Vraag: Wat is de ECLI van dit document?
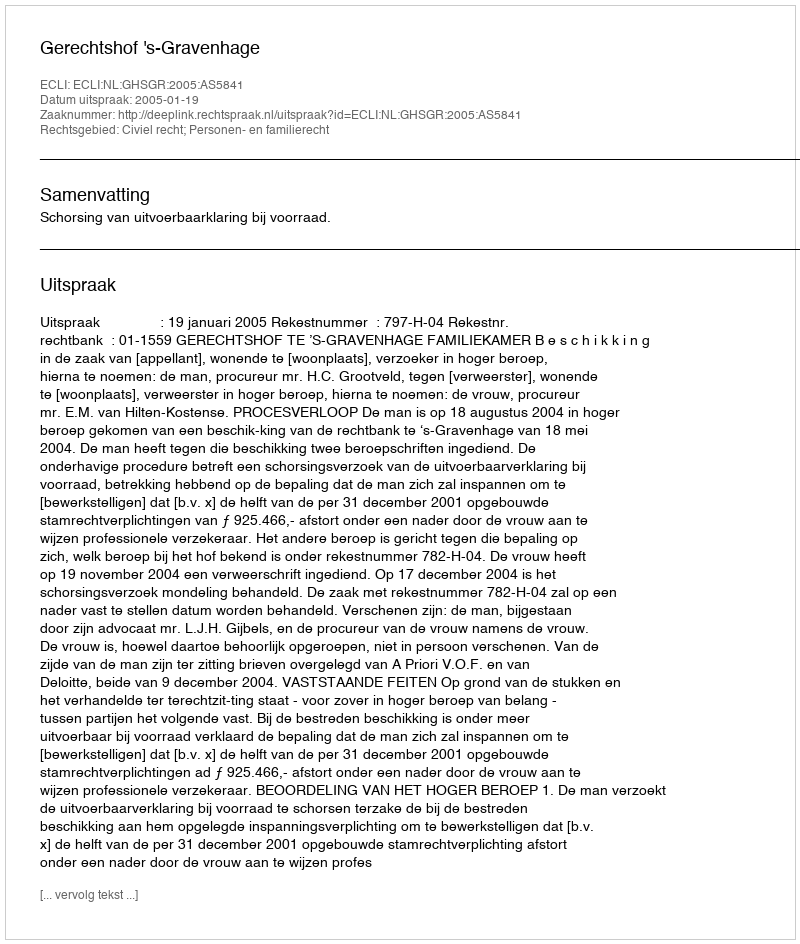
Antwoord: ECLI:NL:GHSGR:2005:AS5841